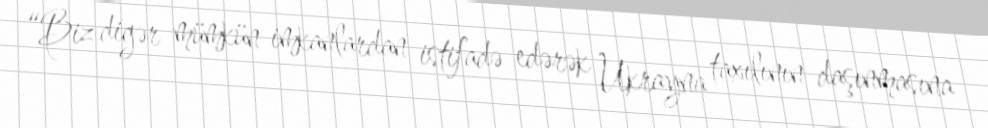
“Biz digər mümkün imkanlardan istifadə edərək Ukrayna taxılının daşınmasına